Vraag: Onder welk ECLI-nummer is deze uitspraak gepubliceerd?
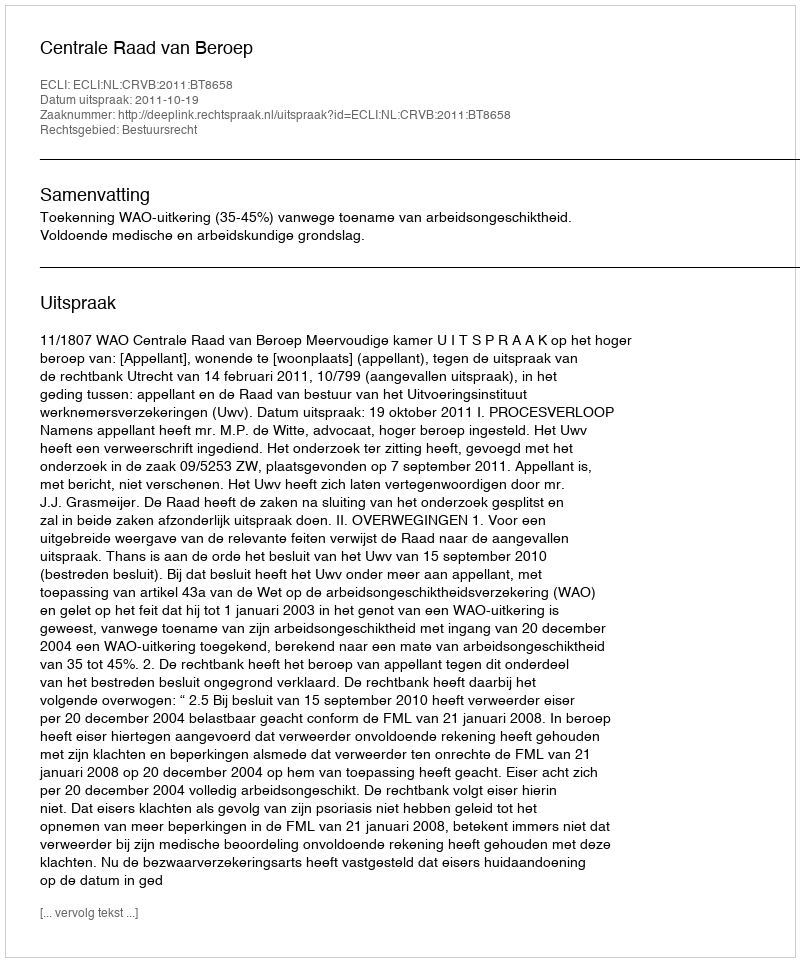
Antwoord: ECLI:NL:CRVB:2011:BT8658